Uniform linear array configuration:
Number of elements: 24
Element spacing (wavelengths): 1
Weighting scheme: hann
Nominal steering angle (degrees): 45
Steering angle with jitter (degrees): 46.199
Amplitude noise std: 0.05
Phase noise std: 0.05

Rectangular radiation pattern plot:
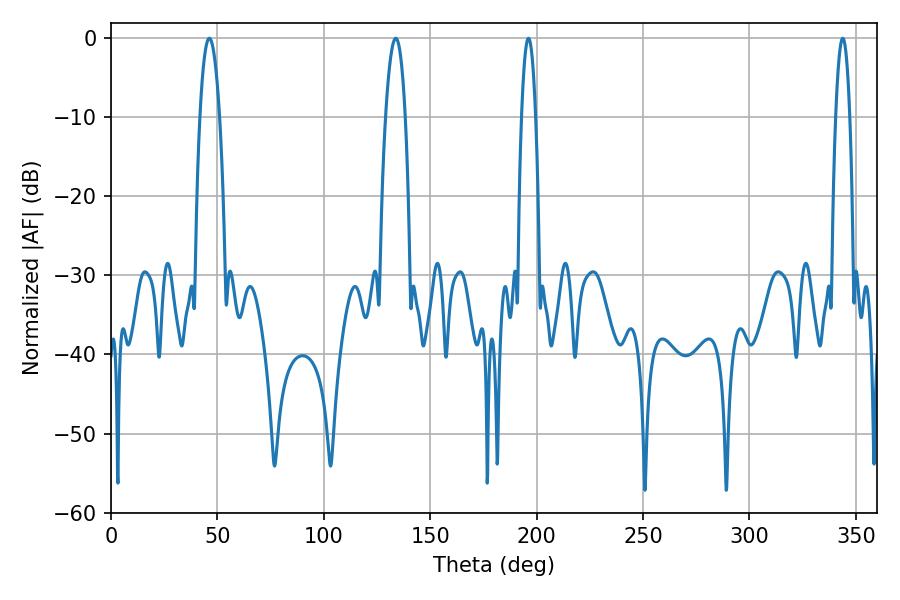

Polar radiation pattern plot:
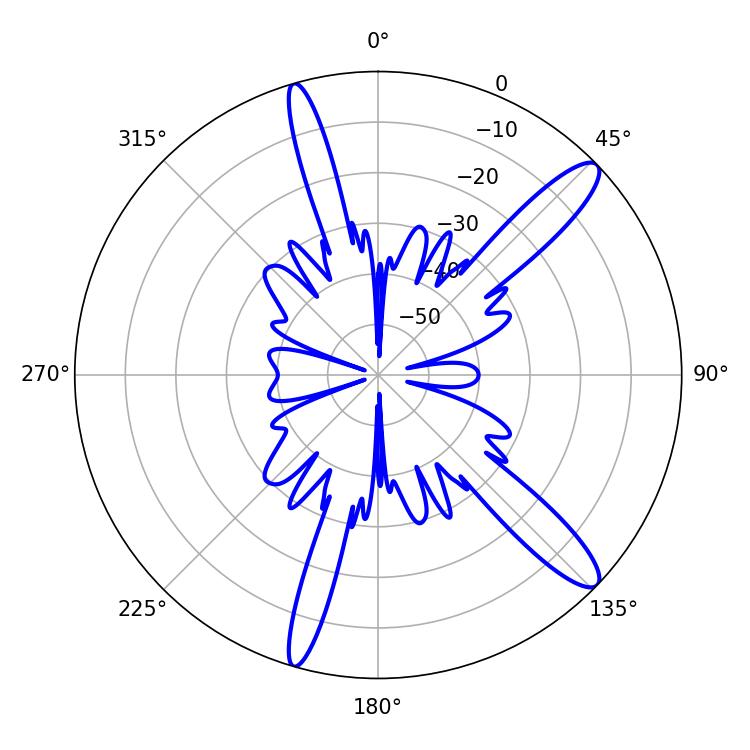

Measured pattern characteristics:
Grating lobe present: TRUE
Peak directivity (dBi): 12.986
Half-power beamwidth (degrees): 3.6
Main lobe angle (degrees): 343.8